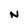
Character: N